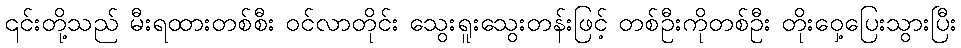
၎င်းတို့သည် မီးရထားတစ်စီး ဝင်လာတိုင်း သွေးရူးသွေးတန်းဖြင့် တစ်ဦးကိုတစ်ဦး တိုးဝှေ့ပြေးသွားပြီး